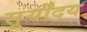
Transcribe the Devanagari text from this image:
सूर्योंदय